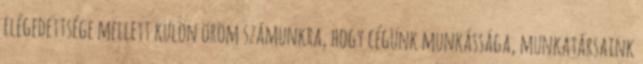
elégedettsége mellett külön öröm számunkra, hogy cégünk munkássága, munkatársaink